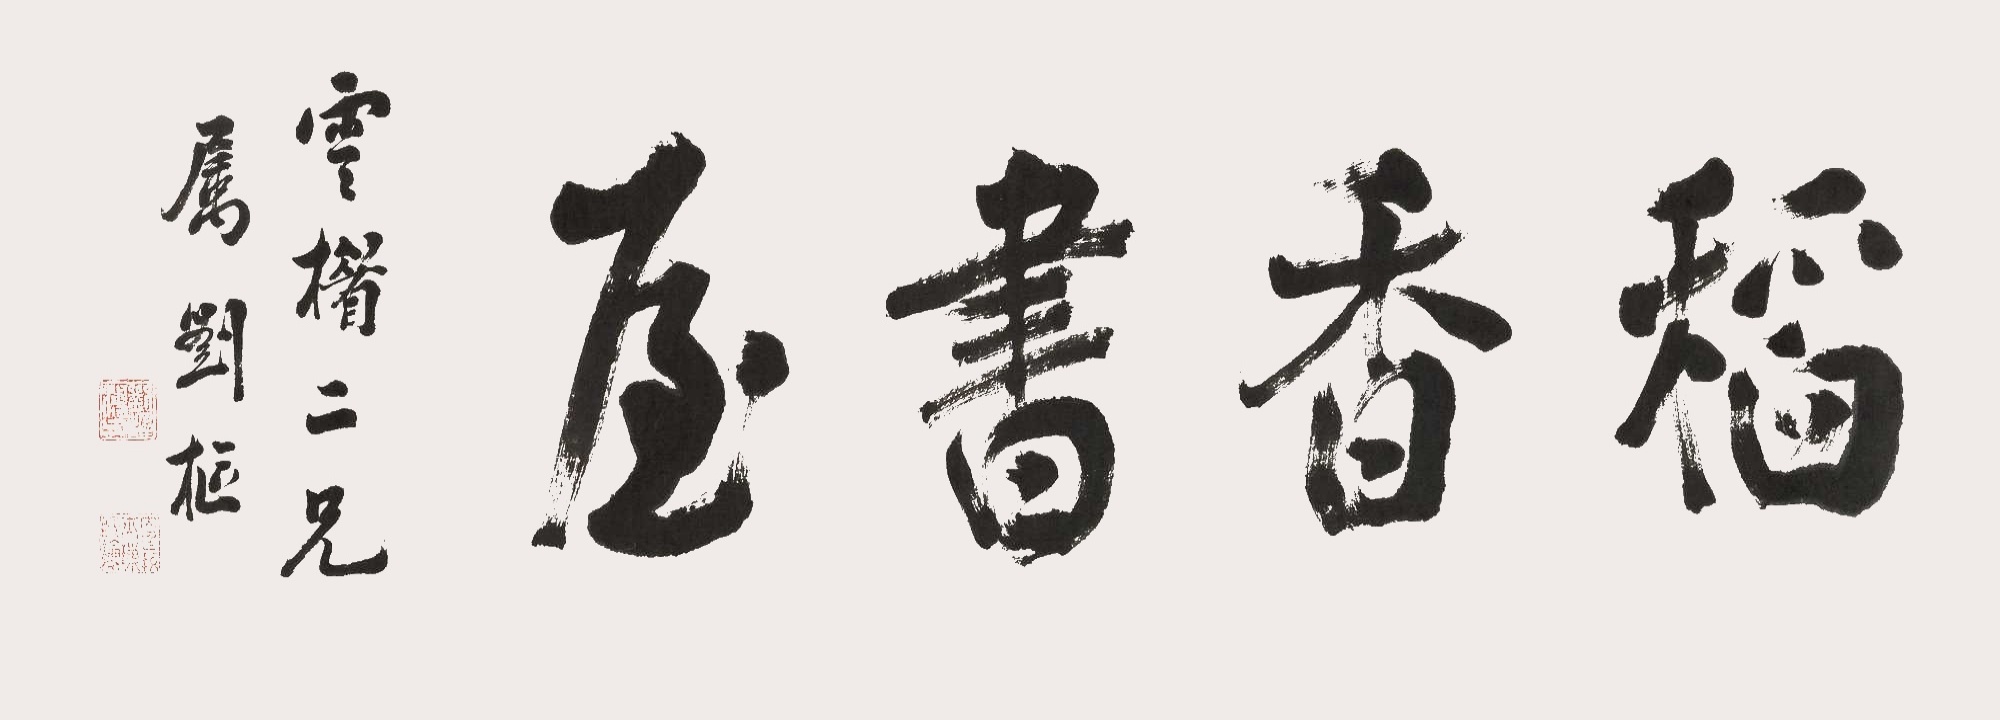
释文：稻香书屋云楣二兄属，刘枢。